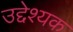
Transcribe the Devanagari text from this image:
उद्देश्यक